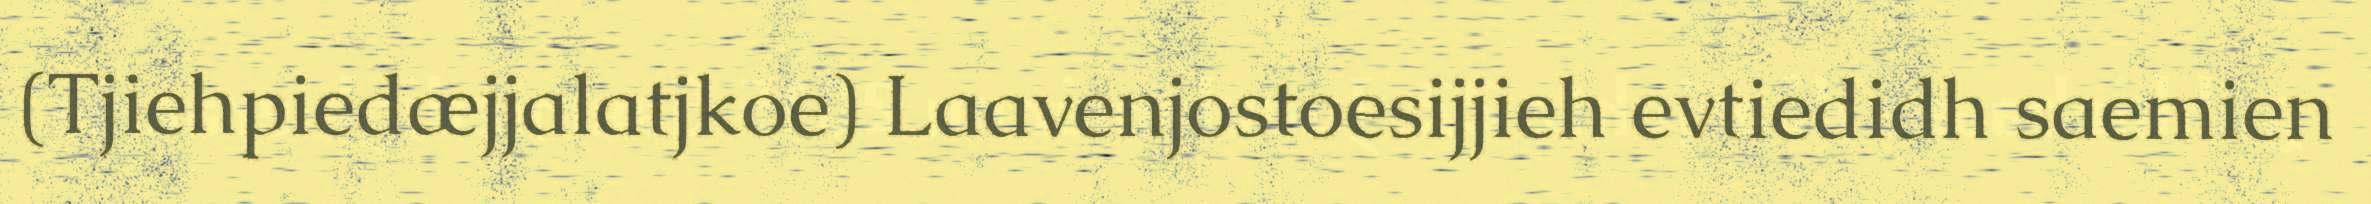
(Tjiehpiedæjjalatjkoe) Laavenjostoesijjieh evtiedidh saemien